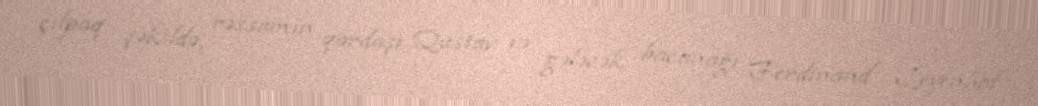
çılpaq şəkildə, rəssamın qardaşı Qustav və gələcək bacanağı Ferdinand Leyenhof